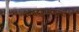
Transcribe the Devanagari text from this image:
संपादकमंडळात